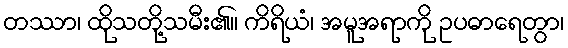
တဿာ၊ ထိုသတို့သမီး၏။ ကိရိယံ၊ အမူအရာကို ဥပဓာရေတွာ၊